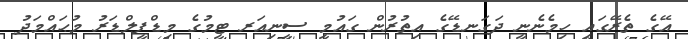
އޭގެ ތެރޭގައި ހިމެނެނީ ދަގަނޑޭގެ އިތުރުން ގައުމީ ސީނިއަރ ޓީމުގެ މިޑްފީލްޑަރު މުޙައްމަދު